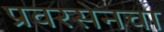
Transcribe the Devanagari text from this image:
प्रवरसेनचा